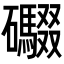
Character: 𮁘